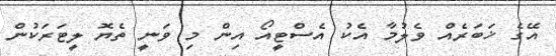
އޭގެ ޚަބަރެއް ވެލުމާ އެކު އެސްޓީއޯ އިން މި ވަނީ ތެޔޮ ލީޓަރަކުން